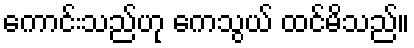
ကောင်းသည်ဟု ကေသွယ် ထင်မိသည်။